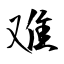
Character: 难